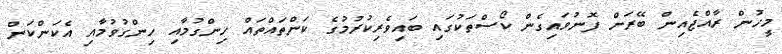
މީހުން ރާއްޖެއިން ބޭރަށް ފޮނުވައިގެން ކޯސްތަކުގައި ބައިވެރިކުރުމުގެ ކަންތައްތައް ހިންގުމާއި ހިންގުވުމާއި އެކަންކަން